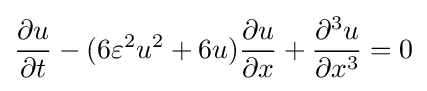
{\frac {\partial u}{\partial t}}-(6\varepsilon ^{2}u^{2}+6u){\frac {\partial u}{\partial x}}+{\frac {\partial ^{3}u}{\partial x^{3}}}=0